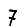
Digit: 7